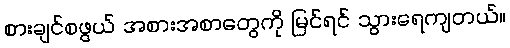
စားချင်စဖွယ် အစားအစာတွေကို မြင်ရင် သွားရေကျတယ်။